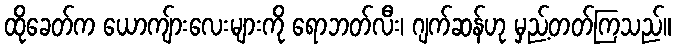
ထိုခေတ်က ယောကျ်ားလေးများကို ရောဘတ်လီး၊ ဂျက်ဆန်ဟု မှည့်တတ်ကြသည်။